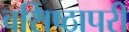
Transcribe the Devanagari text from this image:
वसिष्ठापरी